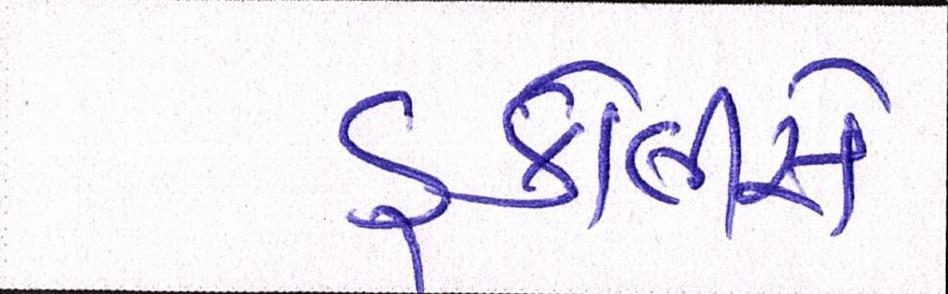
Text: ઙ્કોલીસે